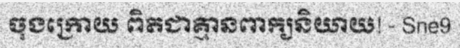
ចុងក្រោយ ពិតជាគ្មានពាក្យនិយាយ! - Sne9